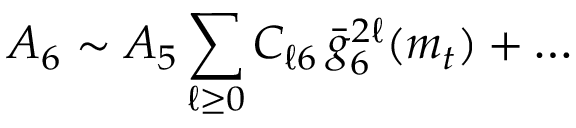
{ \cal A } _ { 6 } \sim { \cal A } _ { 5 } \sum _ { \ell \geq 0 } C _ { \ell 6 } \, \bar { g } _ { 6 } ^ { 2 \ell } ( m _ { t } ) + \ldots